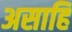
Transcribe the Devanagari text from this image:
असाहि